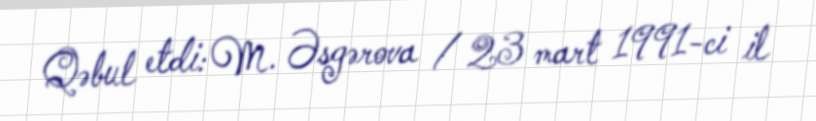
Qəbul etdi: M. Əsgərova / 23 mart 1991-ci il